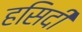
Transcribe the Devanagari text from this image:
हसिदी